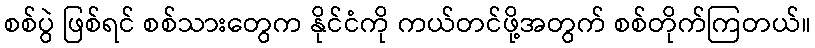
စစ်ပွဲ ဖြစ်ရင် စစ်သားတွေက နိုင်ငံကို ကယ်တင်ဖို့အတွက် စစ်တိုက်ကြတယ်။